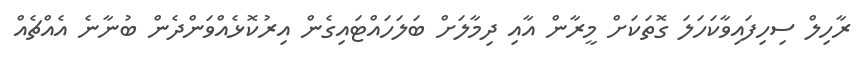
ރާހިލް ސިހިފައިވާކަހަލަ ގޮތަކަށް މީރާން އާއި ދިމާލަށް ބަލަހައްޓައިގެން އިރުކޮޅެއްވަންދެން ބުނާނެ އެއްޗެއް